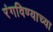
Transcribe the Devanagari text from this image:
रंगविण्याच्या